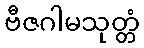
ဗီဇဂါမသုတ္တံ